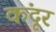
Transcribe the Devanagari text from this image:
कंदूर